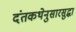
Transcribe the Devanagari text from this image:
दंतकथेनुसारसुद्धा